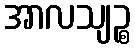
အာလသျဉ္စ